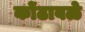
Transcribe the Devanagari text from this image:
कोंढावळे